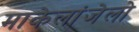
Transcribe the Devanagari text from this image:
माकेलांजेलो